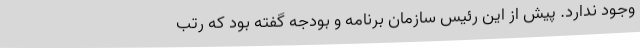
وجود ندارد. پیش از این رئیس سازمان برنامه و بودجه گفته بود که رتب